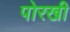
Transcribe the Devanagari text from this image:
पोरखी